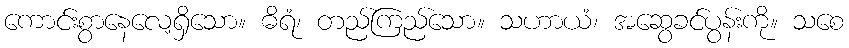
ကောင်းစွာနေလေ့ရှိသော။ ဓိရံ၊ တည်ကြည်သော။ သဟာယံ၊ အဆွေခင်ပွန်းကို။ သစေ